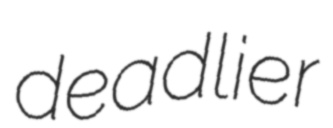
deadlier